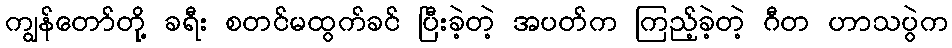
ကျွန်တော်တို့ ခရီး စတင်မထွက်ခင် ပြီးခဲ့တဲ့ အပတ်က ကြည့်ခဲ့တဲ့ ဂီတ ဟာသပွဲက